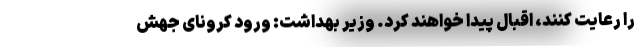
را رعایت کنند، اقبال پیدا خواهند کرد. وزیر بهداشت: ورود کرونای جهش